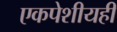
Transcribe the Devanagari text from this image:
एकपेशीयही